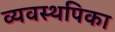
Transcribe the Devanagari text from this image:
व्यवस्थपिका